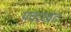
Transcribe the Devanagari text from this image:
प्रवरखंड